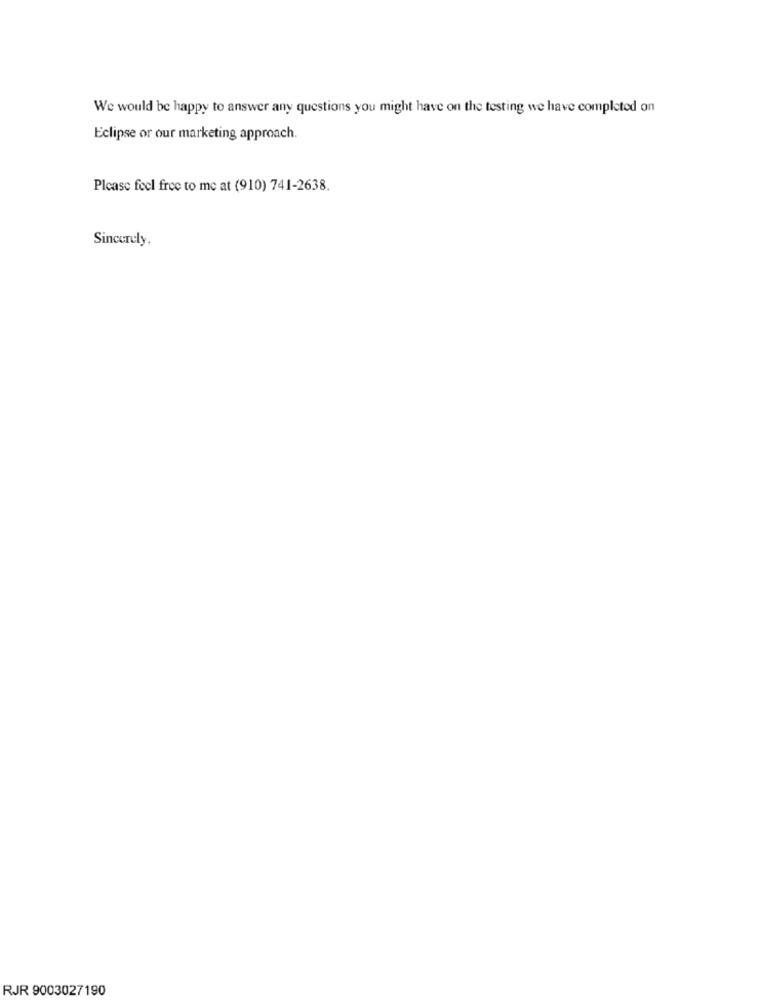
We would be happy to answer any questions you might have on the testing we have completed on
Eclipse or our marketing approach.
Please feel free to me at (910) 741-2638.
Sincerely,
RJR 9003027190